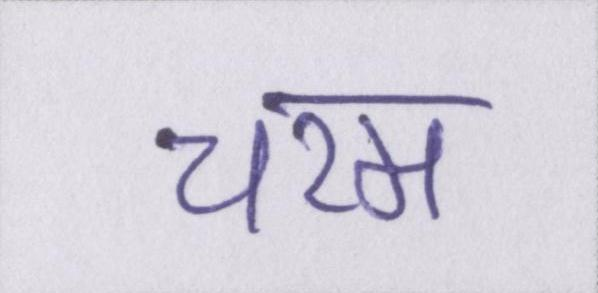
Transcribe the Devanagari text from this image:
चरम